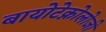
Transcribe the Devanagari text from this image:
बायोटेक्नोलोजी